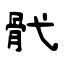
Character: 骮